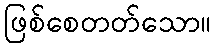
ဖြစ်စေတတ်သော။